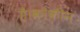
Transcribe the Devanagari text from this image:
है।कोकीन